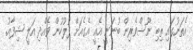
އެތަނުގައި ތިބި ނޫސްވެރިން ބުނަނީ އެއީ އެގެއަށް ފުލުހުން ވެއްދި އަލީ ޝިފާއު.